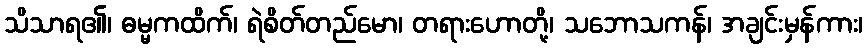
သိသာရ၏၊ ဓမ္မကထိက်၊ ရဲစိတ်တည်မော၊ တရားဟောတို့၊ သဘောသကန်၊ အချင်းမှန်ကား၊